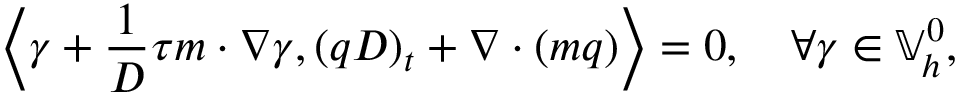
\left\langle \gamma + \frac { 1 } { D } \tau m \cdot \nabla \gamma , ( q D ) _ { t } + \nabla \cdot ( m q ) \right\rangle = 0 , \quad \forall \gamma \in \mathbb { V } _ { h } ^ { 0 } ,